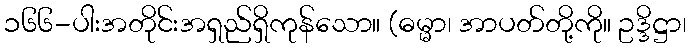
၁၆၆-ပါးအတိုင်းအရှည်ရှိကုန်သော။ (ဓမ္မာ၊ အာပတ်တို့ကို။ ဥဒ္ဒိဋ္ဌာ၊